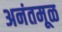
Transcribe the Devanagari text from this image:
अनंतमूळ